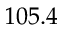
1 0 5 . 4